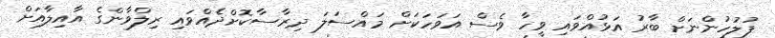
ފުލުހުންނަށް ބާރު އަޅުއްވައި ވީހާ ވެސް އަވަހަކަށް މައްސަލަ ދިރާސާކޮށްދެއްވައި ރިލްވާންގެ އާއިލާއަށް